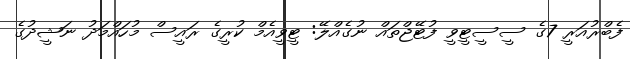
ފެބްރުއަރީ 7ގެ ސީސީޓީވީ ފުޓޭޖްތައް ނުގެއްލޭ: ޓީވީއެމް ކުރީގެ ރައީސް މުހައްމަދު ނަޝީދުގެ